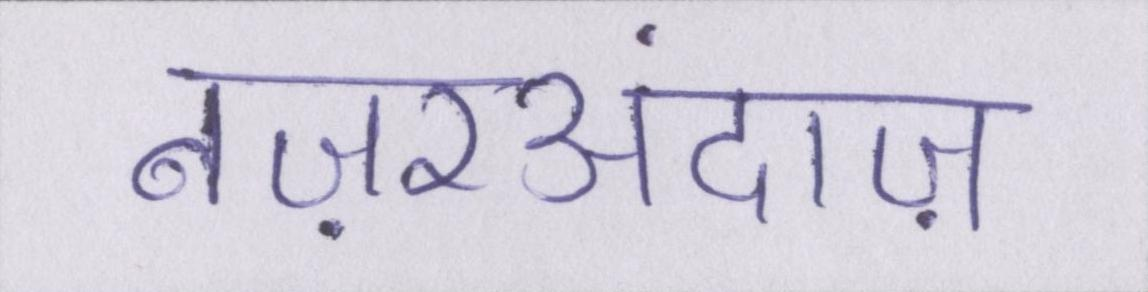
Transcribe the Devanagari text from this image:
नज़रअंदाज़